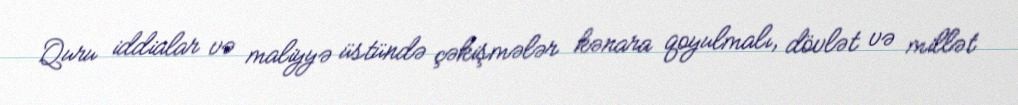
Quru iddialar və maliyyə üstündə çəkişmələr kənara qoyulmalı, dövlət və millət